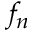
f _ { n }